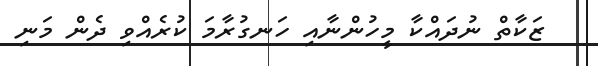
ޒަކާތް ނުދައްކާ މީހުންނާއި ހަނގުރާމަ ކުރެއްވި ދެން މަނި